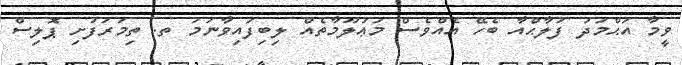
ވީމާ އަޙްމަދު ފަލާޙްއާ ބެހޭ އެއްވެސް މަޢުލޫމާތެއް ލިބިފައިވާނަމަ ތ. ތިމަރަފުށި ޕޮލިސް